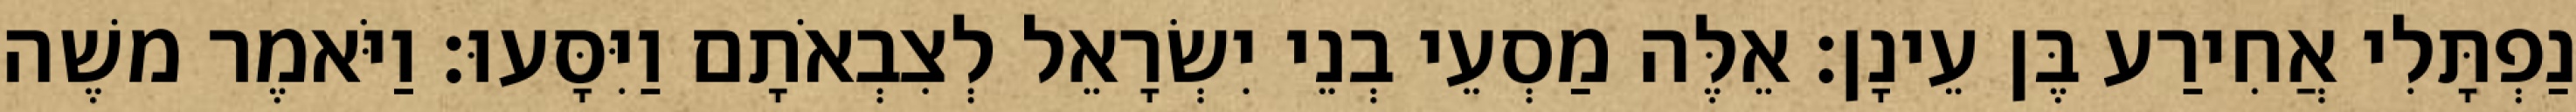
נַפְתָּלִי אֲחִירַע בֶּן עֵינָן׃ אֵלֶּה מַסְעֵי בְנֵי יִשְׂרָאֵל לְצִבְאֹתָם וַיִּסָּעוּ׃ וַיֹּאמֶר משֶׁה